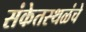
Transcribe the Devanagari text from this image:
संकेतस्थळंचे